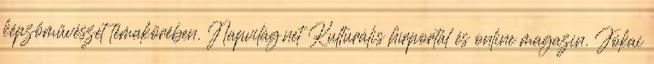
képzőművészet témakörében. Napvilág.net Kulturális hírportál és online magazin. Jókai